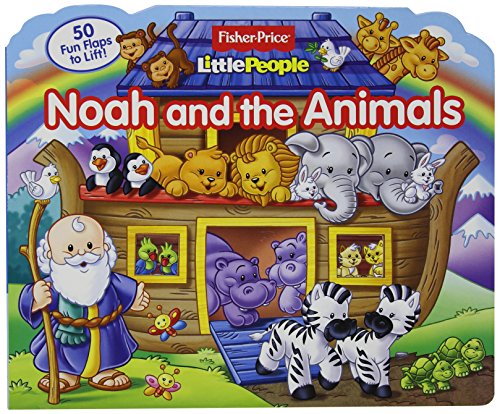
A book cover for Fisher Price Little People Noah and the Animals (Lift-the-Flap); Fisher-Price(TM); Christian Books & Bibles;